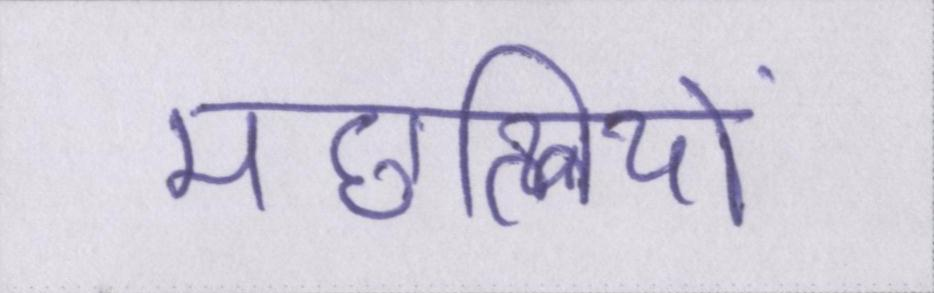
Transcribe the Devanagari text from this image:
मछलियों